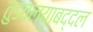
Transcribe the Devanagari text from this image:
तुडवल्याबद्दल